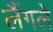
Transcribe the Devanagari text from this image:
लैंगले